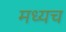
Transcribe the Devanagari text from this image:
मध्यच